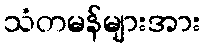
သံတမန်များအား